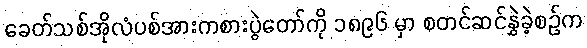
ခေတ်သစ်အိုလံပစ်အားကစားပွဲတော်ကို ၁၈၉၆ မှာ စတင်ဆင်နွှဲခဲ့စဉ်က